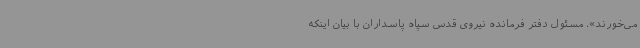
می‌خورند». مسئول دفتر فرمانده نیروی قدس سپاه پاسداران با بیان اینکه